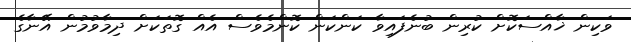
ވަކިން ޚާއްސަކޮށް ކުރިން ބުނެފައިވާ ކަންކަން ކޮންމެވެސް އެއް ގޮތަކަށް ދިމާވުމުން އޭނާގެ